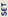
SET